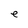
Character: e